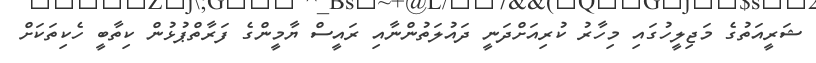
ޝަރީއަތުގެ މަޖިލީހުގައި މިހާރު ކުރިއަށްދަނީ ދައުލަތުންނާއި ރައީސް ޔާމީންގެ ފަރާތްޕުޅުން ކިތާބީ ހެކިތަކަށް